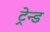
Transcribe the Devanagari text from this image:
ट्रेन्ड